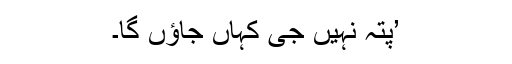
’پتہ نہیں جی کہاں جاؤں گا۔